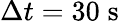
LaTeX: \Delta t=30\; \mathrm{s}